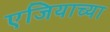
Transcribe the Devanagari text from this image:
एजियाच्या